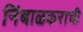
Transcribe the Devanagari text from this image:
निंबाळकराची